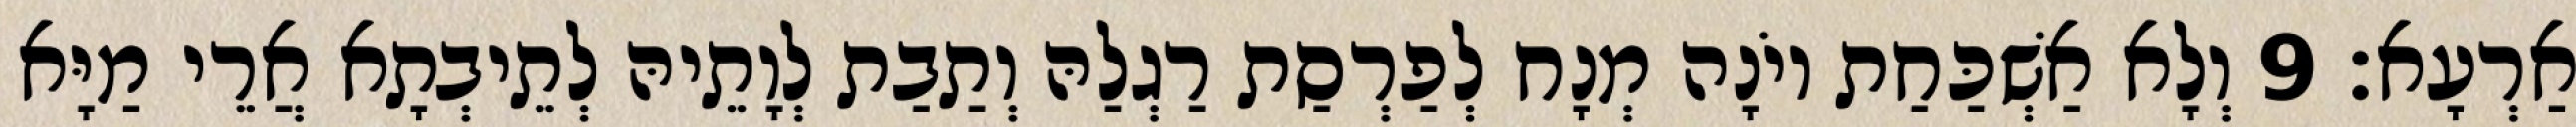
אַרְעָא׃ 9 וְלָא אַשְׁכַּחַת יוֹנָה מְנָח לְפַרְסַת רַגְלַהּ וְתַבַת לְוָתֵיהּ לְתֵיבְתָא אֲרֵי מַיָּא